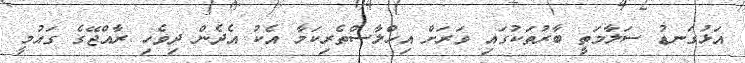
އަޅުގަނޑު ސަލާމަތީ ބާރުތަކުގައި ވަރަށް އިހްލާސްތެރިކަމާ އެކު އެދެން ދިވެހި ރާއްޖޭގެ ގައުމީ